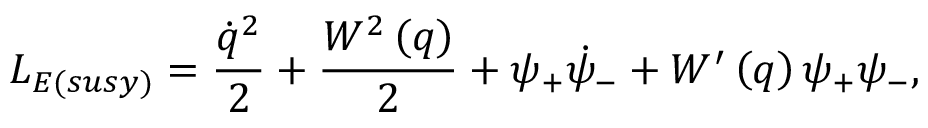
L _ { E ( { s u s y } ) } = \frac { \dot { q } ^ { 2 } } { 2 } + \frac { W ^ { 2 } \left( q \right) } { 2 } + \psi _ { + } \dot { \psi } _ { - } + W ^ { \prime } \left( q \right) \psi _ { + } \psi _ { - } ,